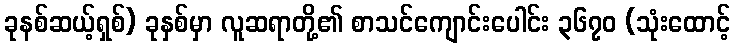
ခုနစ်ဆယ့်ရှစ်) ခုနှစ်မှာ လူဆရာတို့၏ စာသင်ကျောင်းပေါင်း ၃၆၇၀ (သုံးထောင့်